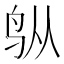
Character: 𬷿